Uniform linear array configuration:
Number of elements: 8
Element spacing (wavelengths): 0.5
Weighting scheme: uniform
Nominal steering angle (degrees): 30
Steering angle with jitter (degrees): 31.346
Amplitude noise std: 0.05
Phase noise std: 0.05

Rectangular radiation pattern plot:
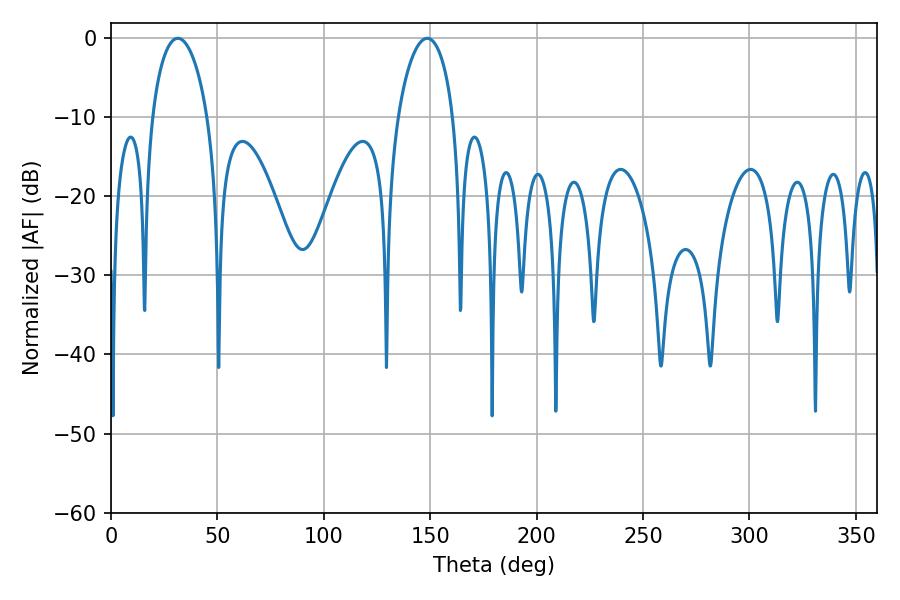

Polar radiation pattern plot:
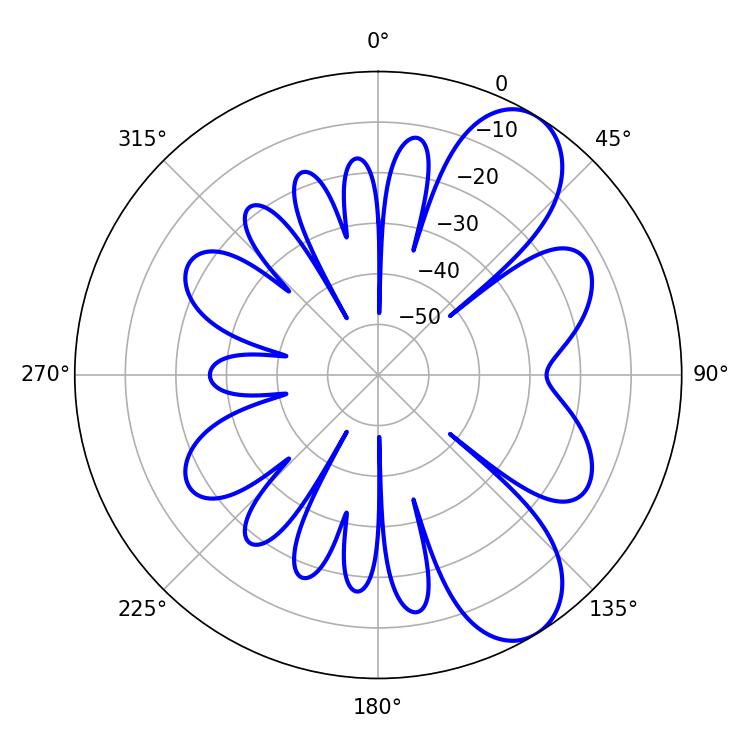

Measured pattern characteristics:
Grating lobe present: FALSE
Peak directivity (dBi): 8.284
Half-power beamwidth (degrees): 14.94
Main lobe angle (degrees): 31.32